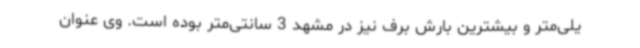
یلی‌متر و بیشترین بارش برف نیز در مشهد 3 سانتی‌متر بوده است. وی عنوان